system: You are a helpful assistant.
user:
Analyze the provided spectrum to determine if it is a **M-type Giant (gM)**.

A M-type Giant spectrum is defined by its **strong molecular absorption** features, particularly from **Titanium Oxide (TiO)**. You must check for one of the following mutually exclusive signatures:

- **Key Visual Indicators (Absorption-Dominated Spectrum):**

    - **(Primary):** The spectrum is dominated by strong molecular absorption from **Titanium Oxide (TiO)**. This is the **defining feature** of its M-type temperature class.
        - **(Key Bandheads):** Look for sharp, "saw-tooth" absorption valleys. The strongest are located near **~7050 Å**, **~6160 Å**, and **~5170 Å**.
        - **(Line Profile):** The "saw-tooth" morphology is critical: a **sharp, steep drop on the BLUE (short-wavelength) side** of the bandhead, followed by a gradual recovery (rising flux) towards the RED (long-wavelength) side.

    - **(Key Confirmation - Giant vs. Dwarf):** **ABSENCE** of strong **Calcium Hydride (CaH)** molecular bands. This is the primary diagnostic for *excluding* M-dwarfs.
        - **(Key Region):** The spectrum should lack the strong, broad absorption band seen in dwarfs between **~6800 Å and ~7000 Å**.

    - **(Secondary Confirmation - Giant):** A very strong and broad **Neutral Calcium (Ca I)** atomic absorption line.
        - **(Key Line):** Located at **~4226 Å**. In a giant (gM), this line is significantly deeper and broader than the same line in an M-dwarf (dM) due to low surface gravity.

    - **(Overall Spectrum):**
        - The continuum is **extremely red-sloping** (i.e., flux is very low in the blue and rises dramatically towards the red).
        - The entire spectrum appears "chopped up" by the deep TiO bands.

Think first, call **spectral_visualization_tool** if needed to examine features in detail, then provide your final answer. Your response must adhere to the following strict rules:
1.  **Overall Structure:** Your response must follow the format `<think>...</think> <tool_call>...</tool_call> (if a tool is used) <answer>...</answer>`.
2.  **Tool Usage Constraint:** You may only make **one** tool call per turn.
3.  **Final Answer Format:** In the `<answer>` tag, your conclusion must be inside a `\boxed{}` command (e.g., `\boxed{YES}` or `\boxed{NO}`), followed by your justification.

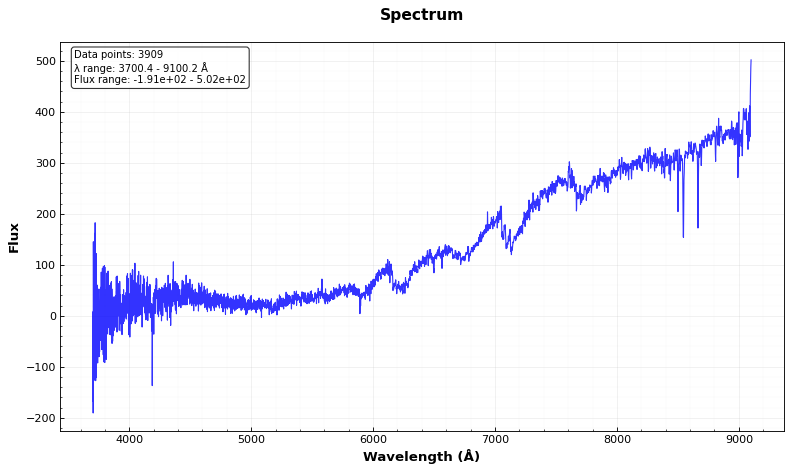
Answer: YES